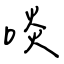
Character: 啖